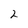
Character: 2